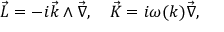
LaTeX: \vec { L } = - i \vec { k } \wedge \vec { \nabla } , \quad \vec { K } = i \omega ( k ) \vec { \nabla } ,